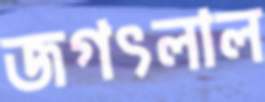
জগৎলাল